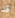
قد